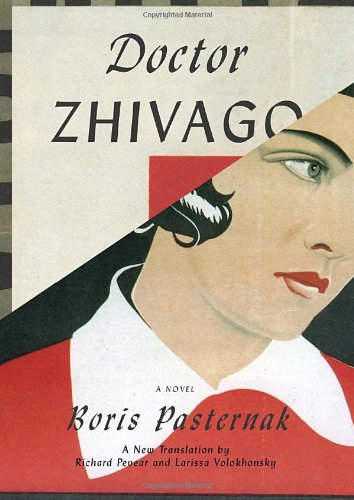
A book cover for Doctor Zhivago; Boris Pasternak; Literature & Fiction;